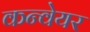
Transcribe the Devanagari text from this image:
कन्‍वेयर